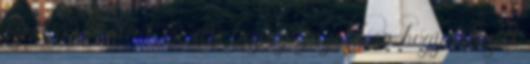
ezért a vonalért, mi sem bizonyítja jobban, hogy létezett